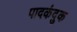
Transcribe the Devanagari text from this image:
पादकंदुक